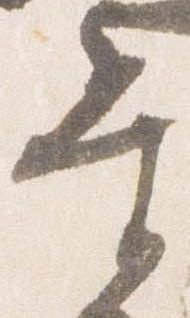
当